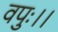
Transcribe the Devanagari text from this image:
वपुः।।